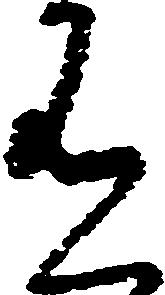
有